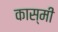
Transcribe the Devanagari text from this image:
कास्‍मी